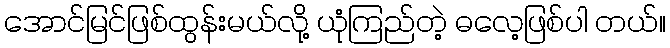
အောင်မြင်ဖြစ်ထွန်းမယ်လို့ ယုံကြည်တဲ့ ဓလေ့ဖြစ်ပါ တယ်။